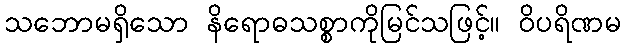
သဘောမရှိသော နိရောဓသစ္စာကိုမြင်သဖြင့်။ ဝိပရိဏမ